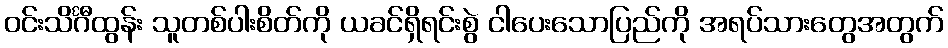
ဝင်းသိင်္ဂီထွန်း သူတစ်ပါးစိတ်ကို ယခင်ရှိရင်းစွဲ ငါပေးသောပြည်ကို အရပ်သားတွေအတွက်